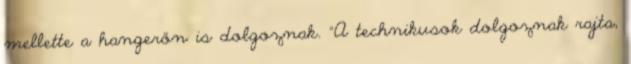
mellette a hangerőn is dolgoznak. "A technikusok dolgoznak rajta,